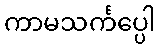
ကာမသင်္ကပ္ပေါ